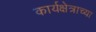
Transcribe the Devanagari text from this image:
कार्यक्षेत्राच्या